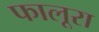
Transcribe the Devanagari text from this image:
फालूरा